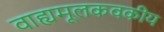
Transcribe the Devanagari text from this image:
वाह्यमूलकवकीय